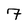
Character: 7